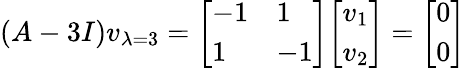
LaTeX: (A-3I)v_{\lambda=3}={\left[\begin{array}{ll}{-1}&{1}\\ {1}&{-1}\end{array}\right]}{\left[\begin{array}{l}{v_{1}}\\ {v_{2}}\end{array}\right]}={\left[\begin{array}{l}{0}\\ {0}\end{array}\right]}